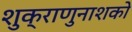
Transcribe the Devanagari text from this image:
शुक्राणुनाशको